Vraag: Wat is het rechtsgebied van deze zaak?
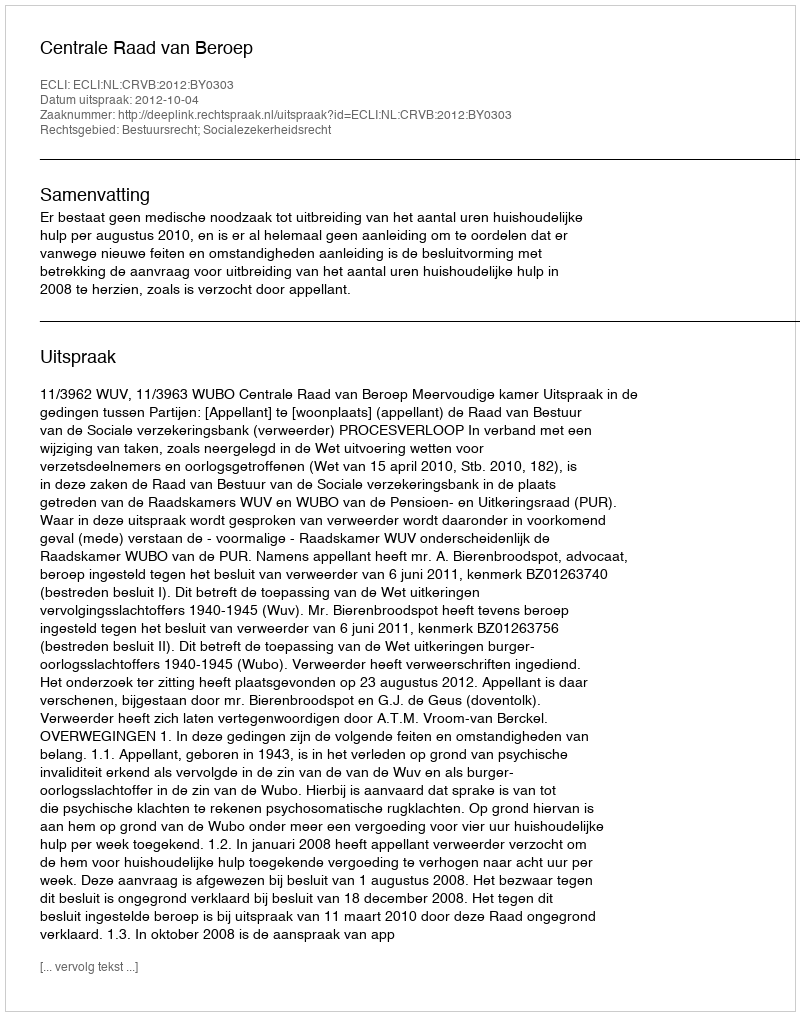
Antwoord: Bestuursrecht; Socialezekerheidsrecht